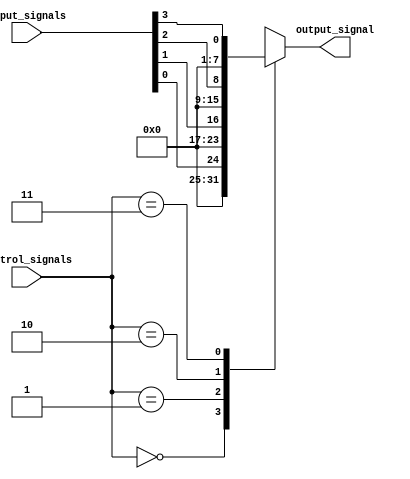
module mux_demux_buffer (
    input [7:0] input_signals,
    input [1:0] control_signals,
    output reg [7:0] output_signal
);

always @(control_signals or input_signals) begin
    case(control_signals)
        2'h0: output_signal = input_signals[0];
        2'h1: output_signal = input_signals[1];
        2'h2: output_signal = input_signals[2];
        2'h3: output_signal = input_signals[3];
    endcase
end

endmodule